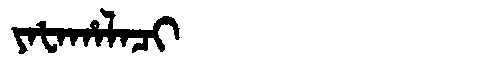
Manchu: ᠶᠠᡶᠠᡥᠠᠯᠠᠴᡳ
Romanization: YAFAHALACI